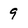
Character: 9